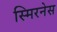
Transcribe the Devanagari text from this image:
स्मिरनेस